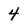
Character: 4